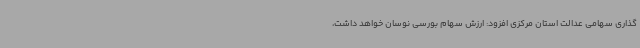
گذاری سهامی عدالت استان مرکزی افزود: ارزش سهام بورسی نوسان خواهد داشت،